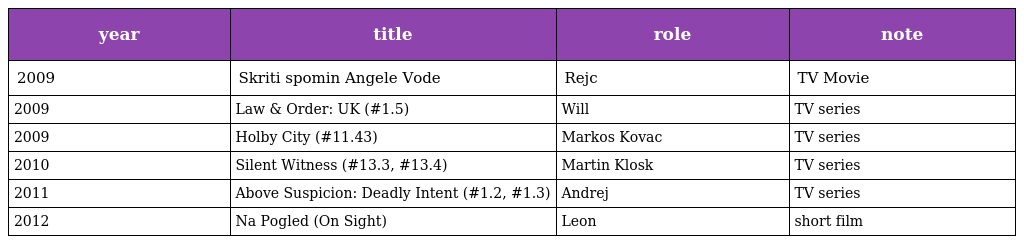
| year | title | role | note |
 | --- | --- | --- | --- |
 | 2009 | Skriti spomin Angele Vode | Rejc | TV Movie |
 | 2009 | Law & Order: UK (#1.5) | Will | TV series |
 | 2009 | Holby City (#11.43) | Markos Kovac | TV series |
 | 2010 | Silent Witness (#13.3, #13.4) | Martin Klosk | TV series |
 | 2011 | Above Suspicion: Deadly Intent (#1.2, #1.3) | Andrej | TV series |
 | 2012 | Na Pogled (On Sight) | Leon | short film |